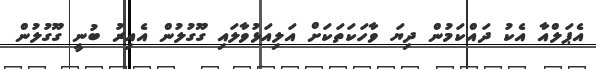
އެޕަލްއާ އެކު ދައްކަމުން ދިޔަ ވާހަކަތަކަށް އަލިއަޅުވާލައި ގޫގުލުން އެއިރު ބުނީ ގޫގުލުން